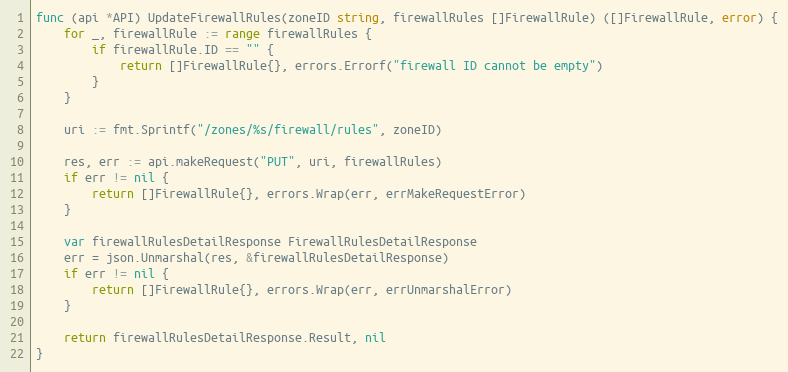
Language: Go
func (api *API) UpdateFirewallRules(zoneID string, firewallRules []FirewallRule) ([]FirewallRule, error) {
	for _, firewallRule := range firewallRules {
		if firewallRule.ID == "" {
			return []FirewallRule{}, errors.Errorf("firewall ID cannot be empty")
		}
	}

	uri := fmt.Sprintf("/zones/%s/firewall/rules", zoneID)

	res, err := api.makeRequest("PUT", uri, firewallRules)
	if err != nil {
		return []FirewallRule{}, errors.Wrap(err, errMakeRequestError)
	}

	var firewallRulesDetailResponse FirewallRulesDetailResponse
	err = json.Unmarshal(res, &firewallRulesDetailResponse)
	if err != nil {
		return []FirewallRule{}, errors.Wrap(err, errUnmarshalError)
	}

	return firewallRulesDetailResponse.Result, nil
}